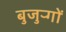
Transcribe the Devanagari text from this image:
बुजुऱ्गों